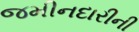
જમીનદારીની